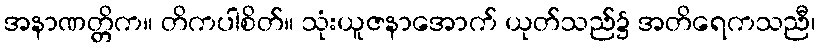
အနာဏတ္တိက။ တိကပါစိတ်။ သုံးယူဇနာအောက် ယုတ်သည်၌ အတိရေကသညီ၊